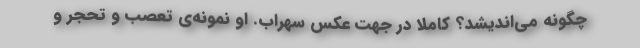
چگونه می‌اندیشد؟ کاملاً در جهت عکس سهراب. او نمونه‌ی تعصب و تحجر و